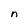
Character: n